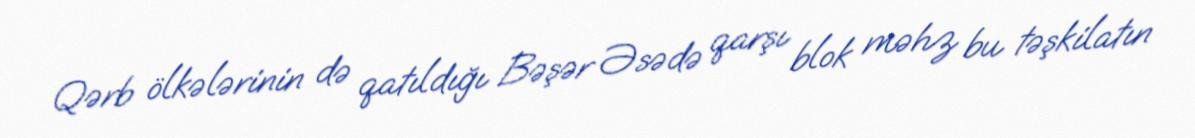
Qərb ölkələrinin də qatıldığı Bəşər Əsədə qarşı blok məhz bu təşkilatın